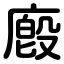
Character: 廏